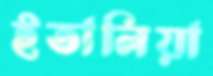
ইতালিয়া